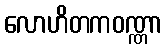
လောဟိတကဝဏ္ဏာ